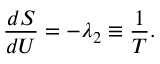
{ \frac { d S } { d U } } = - \lambda _ { 2 } \equiv { \frac { 1 } { T } } .